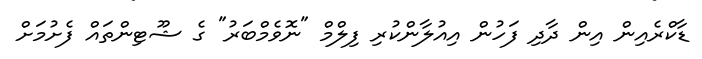
ޑާކްރެއިން އިން ދާދި ފަހުން އިއުލާންކުރި ފިލްމް "ނޮވެމްބަރު" ގެ ޝޫޓިންތައް ފެށުމަށް